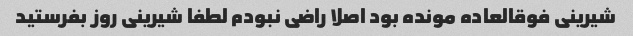
شیرینی فوقالعاده مونده بود اصلا راضی نبودم لطفا شیرینی روز بفرستید